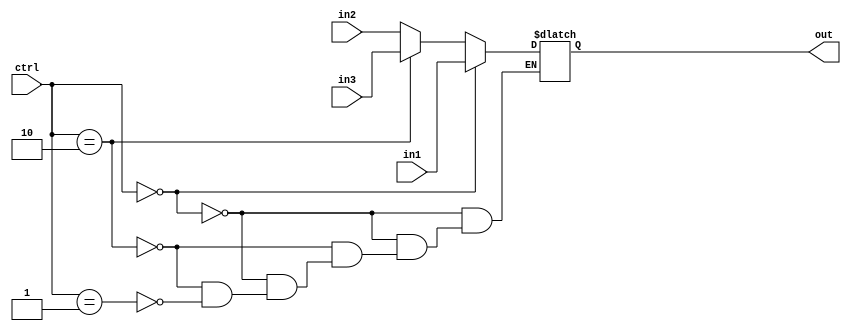
module mux32Bits3To1(in1, in2, in3, ctrl, out);

input [31:0]in1, in2, in3;
input [1:0]ctrl;
output [31:0]out;

reg out;

always @(in1 or in2 or in3 or ctrl) begin
	if (ctrl == 2'b00) begin
		out = in1;
	end else if (ctrl == 2'b10) begin
		out = in3;
	end else if (ctrl == 2'b01) begin
		out = in2;
	end
end

endmodule